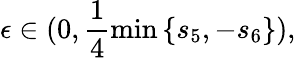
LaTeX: \epsilon\in(0,\frac{1}{4}\operatorname*{min}{\{ s_{5},-s_{6}\} }),